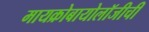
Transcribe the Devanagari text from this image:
मायक्रोबायोलॉजीची